King Institute of Preventive Medicine Micro-Biological Section reports 1912-19
Year: 1912
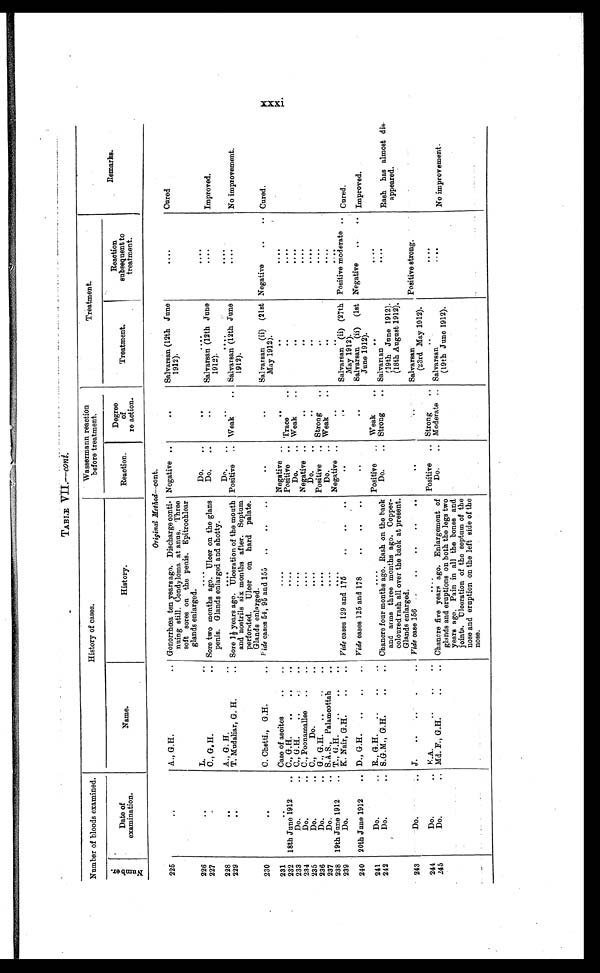
Number of bloods examined.
History of cases.
Wassermann reaction
before treatment.
Treatment.
Remarks.
N u m b e r .
Date of
examination.
Name.
History.
Reaction.
Degree
of
re-action.
Treatment.
Reaction
subsequent to
treatment.
Original Method— cont.
225
. .
A., G.H. . .
Gonorrhœa ten yearsago. Discharge conti-
nuing still. Condyloma at anus. Three
soft sores on the penis. Epitrochlear
glands enlarged.
Negative . .
. .
Salvarsan (12th June
1912).
. . . .
Cured
226
. .
L. . .
. . . .
Do. .
. . .
. . .
. . . .
227
. .
C., G. H. . .
Sore two months ago. Ulcer on the glans
penis. Glands enlarged and shotty.
Do. . .
. .
Salvarsan (12th June
1912).
. . . .
Improved.
228
. .
A., G. H. . .
. . . .
Do. . .
. .
. . . .
229
. .
T. Mudaliar. G. H. . .
Sore 1½ years ago. Ulceration of the mouth
and nostrils six months after. Septum
perforated. Ulcer on hard palate.
Glands enlarged.
Positive . . Weak . .
Salvarsan (12th June
1912).
. . . .
No improvement.
230
. .
C. Chetti., G.H. . . .
Vide cases 54, 95 and 155 . . .
. . .
. . .
Salvarsan (ii) (21st
May 1912).
Negative . . .
Cured.
231
. . .
Case of ascites . . . .
. . . .
Negative . .
. .
. .
. . . .
232 18th June 1912 . . C., G.H. . . . . . .
. . . .
Positive . . Trace . .
. .
. . . .
233
Do. . . C., G.H. . . . . . .
. . . .
Do. . . Weak . .
. .
. . . .
234
Do. . . C., Poonamallee . . . . .
. . . .
Negative . .
. .
. .
. . . .
235
Do. . . C., Do. . .
. . . .
Do. . .
. .
. .
. . . .
236
Do. . . G., G.H. . . . . . .
. . . .
Positive . . Strong . .
. .
. . . .
237
Do. . . S.A.S., Palamoottah . .
. . . .
Do. . . Weak . .
. .
. . . .
238 19th June 1912 . . T., G.H. . . . .
. . . .
Negative . .
. .
. .
. . . .
239
Do.
K. Nair, G.H. . . . .
Vide cases 129 and 175 . . . . . .
. .
. .
Salvarsan (ii) (27th
May 1912).
Positive moderate . .
Cured.
240 20th June 1912 . . D., G.H. . . . . . .
Vide cases 125 and 178 . . . . . .
. .
. .
Salvarsan (ii) (1st
June 1912).
Negative . .
Improved.
241
Do. . . R., G.H. . . . . . .
. . . .
Positive . . Weak . .
. .
. . . .
242
Do.
. . S.G.M., G.H. . . . .
Chanere four months ago. Rash on the back
and arms three months ago. Copper-
coloured rash all over the back at present.
Glands enlarged.
Do. . . Strong . .
Salvarsan
(19th June 1912).
(18th August 1912).
Rash has almost dis-
appeared.
243
Do. . . J. . . . . . . .
Vide case 156 . . . . . . . . . .
. .
. .
Salvarsan
(23rd May 1912).
Positive strong.
244
Do. . . K.A. . . . . . .
. . . . Positive . . Strong . .
. .
. . . .
245
Do. . . Md. F., G.H. . . . .
Chanere five years ago. Enlargement of
glands and eruptions on both the legs two
years ago. Pain in all the bones and
joints. Ulceration of the septum of the
nose and eruption on the left side of the
nose.
Do. . . Moderate . .
Salvarsan
(19th June 1912).
. . . .
No improvement.